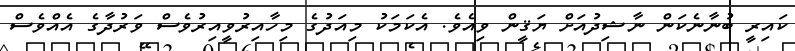
ކައިރީ ބުނާނެކަން ނާޝިދުއަށް ޔަޤީން ވިއެވެ. އެކަމަކު މިއަދުގެ މިހާއިރުވީއިރުވެސް ވަރުދާގެ އެއްވެސް